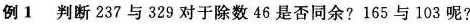
例1 判断237与329对于除数46是否同余?165与103呢?